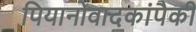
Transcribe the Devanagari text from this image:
पियानोवादकांपैकी